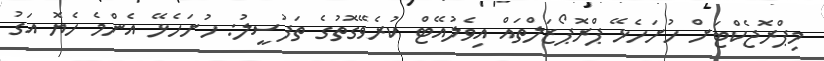
މިޕްރޮޖެކްޓަށް ހުށަހެޅޭ ޕްރޮޕޯޒަލްތައް އިވެލުއޭޓް ކުރެވޭގޮތުގެ ތަފުސީލު: ހުށަހެޅޭ އެންމެ ހެޔޮ އަގު